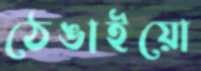
ঠেঙাইয়ো